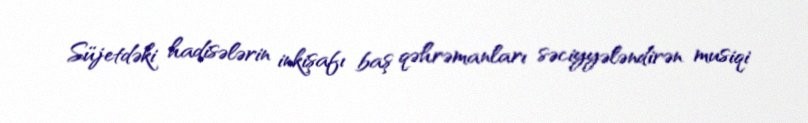
Süjetdəki hadisələrin inkişafı baş qəhrəmanları səciyyələndirən musiqi